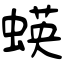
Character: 蝧